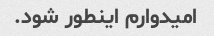
امیدوارم اینطور شود.